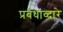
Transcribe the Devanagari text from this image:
प्रबंधाव्दारे